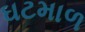
ઘટમાળ